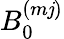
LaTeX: B_{0}^{(m\mathit{j})}